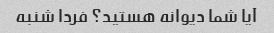
آیا شما دیوانه هستید؟ فردا شنبه